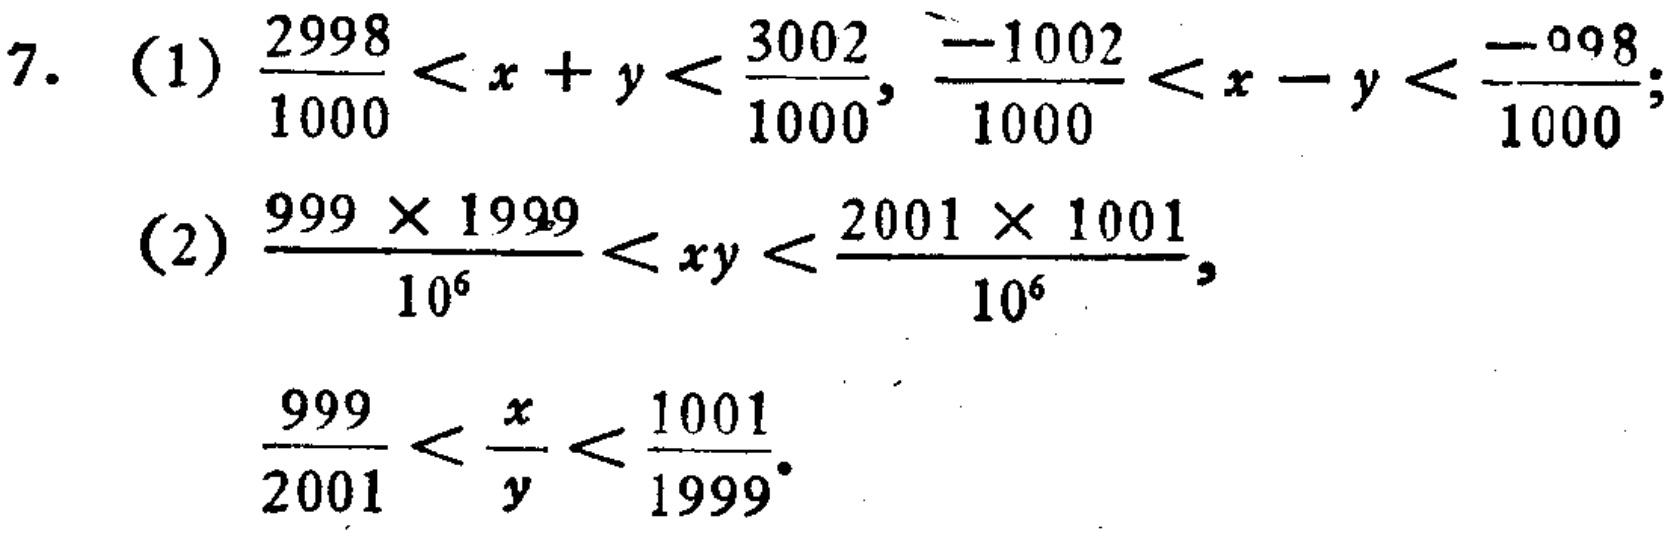
7. (1) \(\frac{2998}{1000}<x + y<\frac{3002}{1000}, \frac{- 1002}{1000}<x - y<\frac{-998}{1000}\);
(2) \(\frac{999\times1999}{10^{6}}<xy<\frac{2001\times1001}{10^{6}}\),
\(\frac{999}{2001}<\frac{x}{y}<\frac{1001}{1999}\).